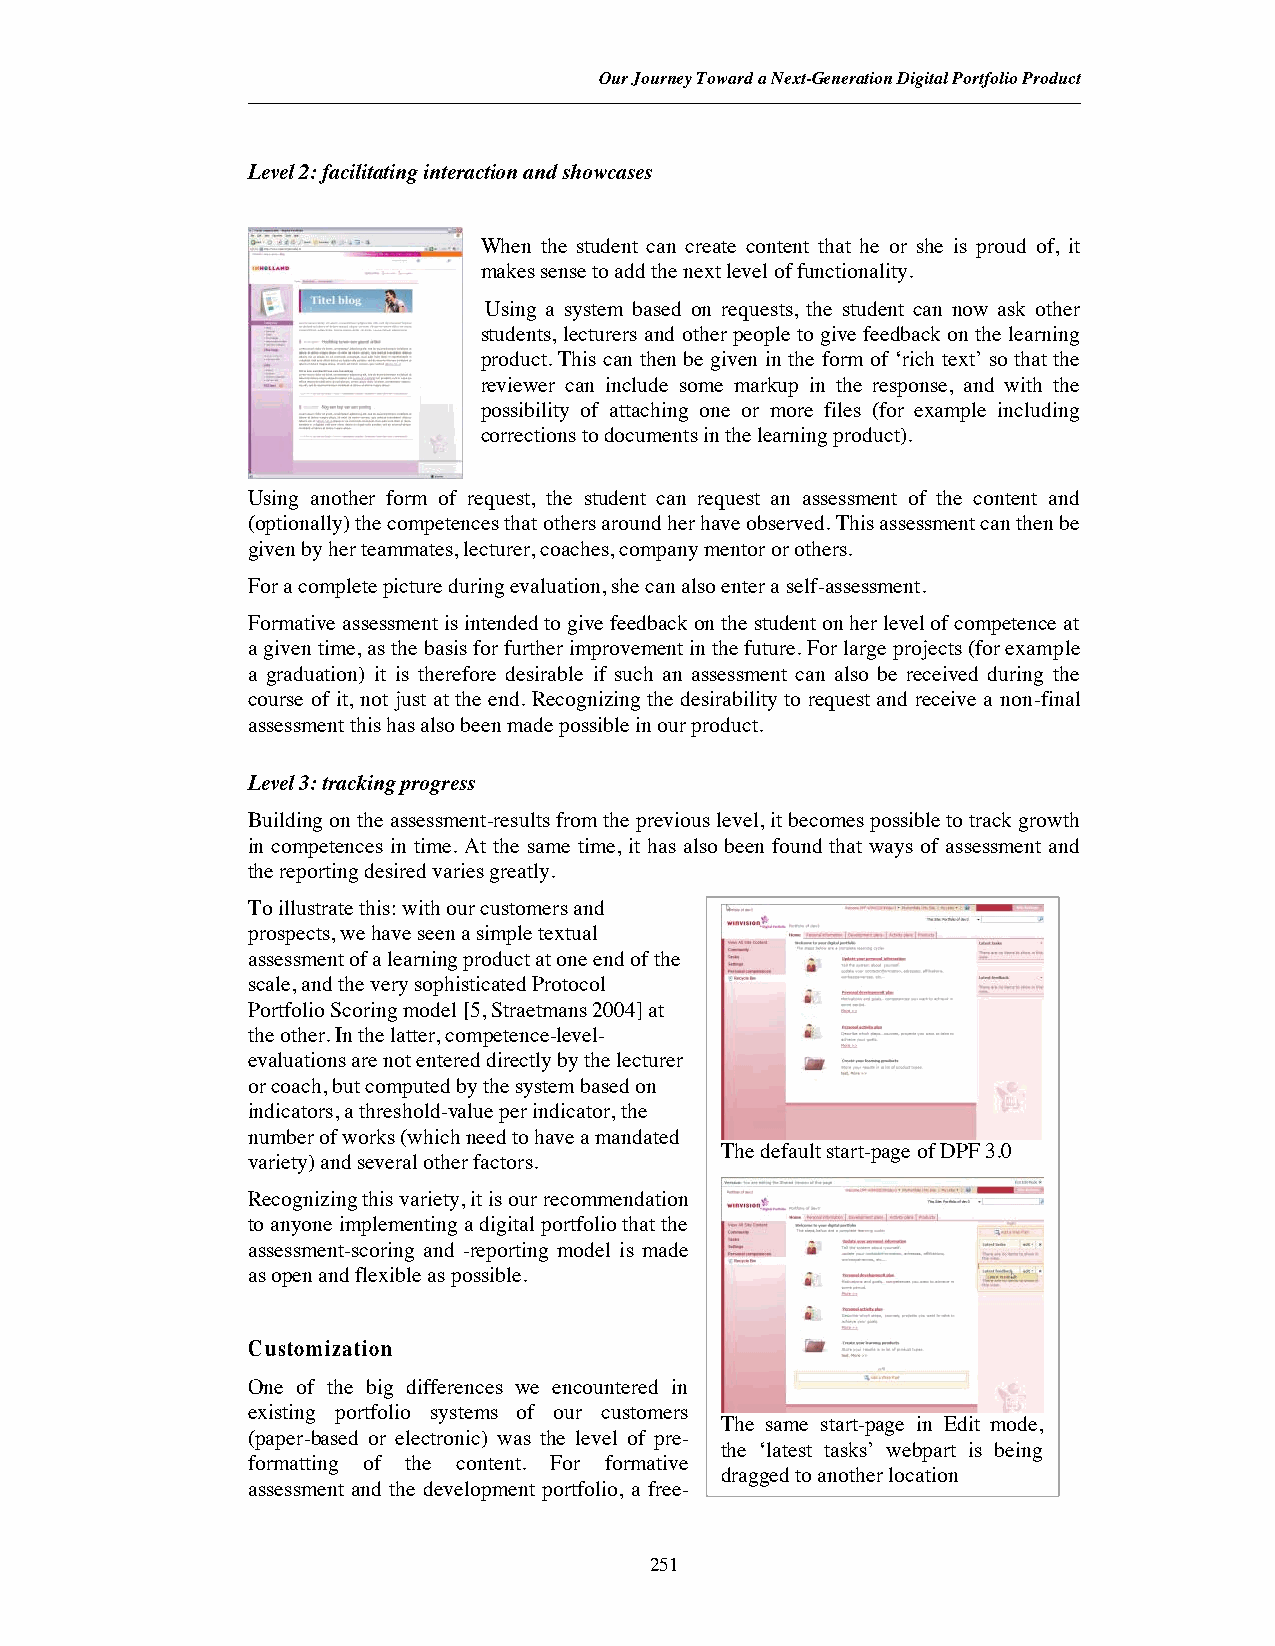
Our Journey Toward a Next-Generation Digital Portfolio Product
 Level 2: facilitating interaction and showcases
 When the student can create content that he or she is proud of, it
 makes sense to add the next level of functionality.
 Using a system based on requests, the student can now ask other
 students, lecturers and other people to give feedback on the learning
 product. This can then be given in the form of ‘rich text’ so that the
 reviewer can include some markup in the response, and with the
 possibility of attaching one or more files (for example including
 corrections to documents in the learning product).
 Using another form of request, the student can request an assessment of the content and
 (optionally) the competences that others around her have observed. This assessment can then be
 given by her teammates, lecturer, coaches, company mentor or others.
 For a completepicture during evaluation, she can also enter a self-assessment.
 Formative assessment is intended to give feedback on the student on her level of competence at
 a given time, as the basis for further improvement in the future. For large projects (for example
 a graduation) it is therefore desirable if such an assessment can also be received during the
 course of it, not just at the end. Recognizing the desirability to request and receive a non-final
 assessment this has also been made possible in our product.
 Level 3: tracking progress
 Building on the assessment-results from the previous level, it becomes possible to track growth
 in competences in time. At the same time, it has also been found that ways of assessment and
 the reporting desired varies greatly.
 To illustrate this: with our customers and
 prospects, we have seen a simple textual
 assessment of a learning product at one end of the
 scale, and the very sophisticated Protocol
 Portfolio Scoring model [5, Straetmans 2004] at
 the other. In the latter, competence-level-
 evaluations are not entered directly by the lecturer
 or coach, but computed by the system based on
 indicators, a threshold-value per indicator, the
 number of works (which need to have a mandated
 The default start-page of DPF 3.0
 variety) and several other factors.
 Recognizing this variety, it is our recommendation
 to anyone implementing a digital portfolio that the
 assessment-scoring and -reporting model is made
 as open and flexible as possible.
 Customization
 One of the big differences we encountered in
 existing portfolio systems of our customers
 The same start-page in Edit mode,
 (paper-based or electronic) was the level of pre-
 the ‘latest tasks’ webpart is being
 formatting of the content. For formative
 dragged to another location
 assessment and the development portfolio, a free-
 251